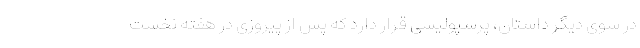
در سوی دیگر داستان، پرسپولیسی قرار دارد که پس از پیروزی در هفته نخست